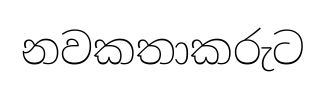
නවකතාකරුට